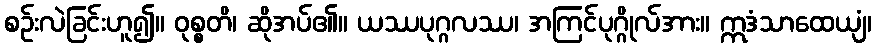
စဉ်းလဲခြင်းဟူ၍။ ဝုစ္စတိ၊ ဆိုအပ်၏။ ယဿပုဂ္ဂလဿ၊ အကြင်ပုဂ္ဂိုလ်အား။ ဣဒံသာထေယျံ၊